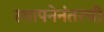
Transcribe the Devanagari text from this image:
स्थापनेनंतरची